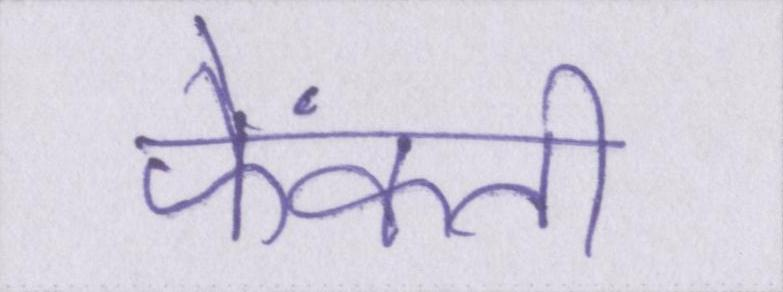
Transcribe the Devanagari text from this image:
फेंकती